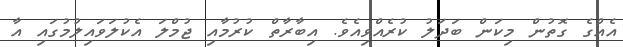
އެއްގެ ގޮތުން މިކަން ބަދަލު ކުރެއްވިއެވެ. އިބާރާތް ކުރުމާއި ޖުމްލަ އެކުލަވައިލުމުގައި އާ